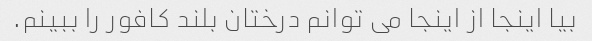
بیا اینجا از اینجا می توانم درختان بلند کافور را ببینم.